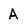
Character: A